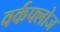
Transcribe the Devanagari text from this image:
वर्कफ्लोज